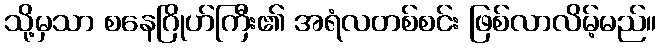
သို့မှသာ စနေဂြိုဟ်ကြီး၏ အရံလတစ်စင်း ဖြစ်လာလိမ့်မည်။